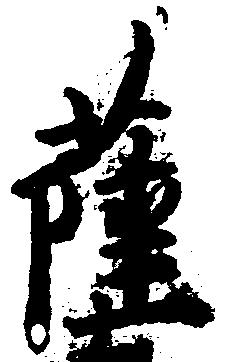
薩